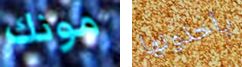
مونك يأخذونها